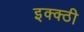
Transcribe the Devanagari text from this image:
इक्क्ठी